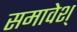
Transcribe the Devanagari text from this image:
समावेश्